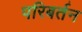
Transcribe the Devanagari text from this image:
परिबर्तन